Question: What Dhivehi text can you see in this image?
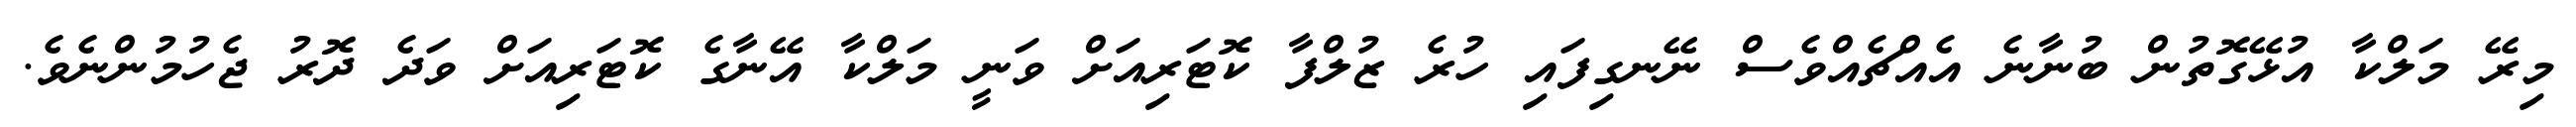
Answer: މިރޭ މަލްކާ އުޅޭގޮތުން ބުނާނެ އެއްޗެއްވެސް ނޭނގިފައި ހުރެ ޒުލްފާ ކޮޓަރިއަށް ވަނީ މަލްކާ އޭނާގެ ކޮޓަރިއަށް ވަދެ ދޮރު ޖެހުމުންނެވެ.